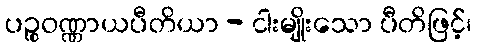
ပဉ္စဝဏ္ဏာယပီတိယာ - ငါးမျိုးသော ပီတိဖြင့်၊